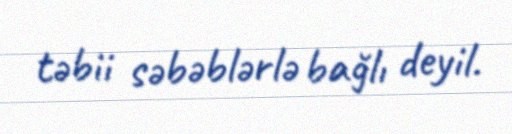
təbii səbəblərlə bağlı deyil.